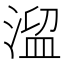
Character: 𣹃